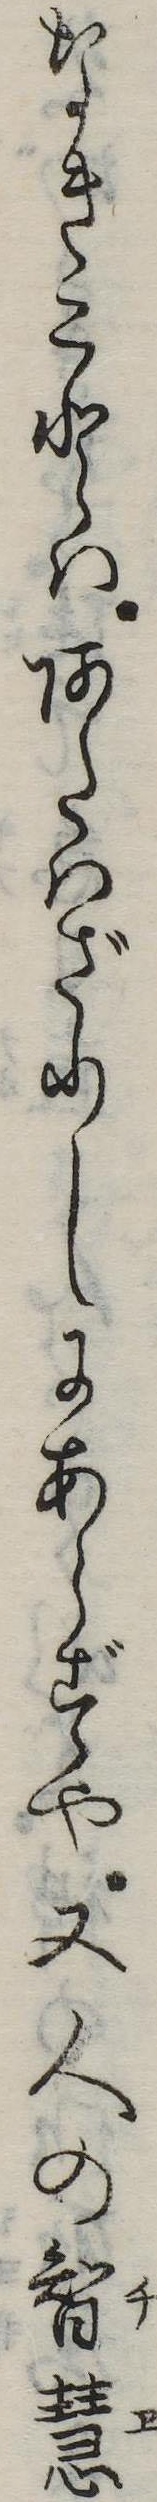
なきことはあたはざりしにあらずや又人の智慧